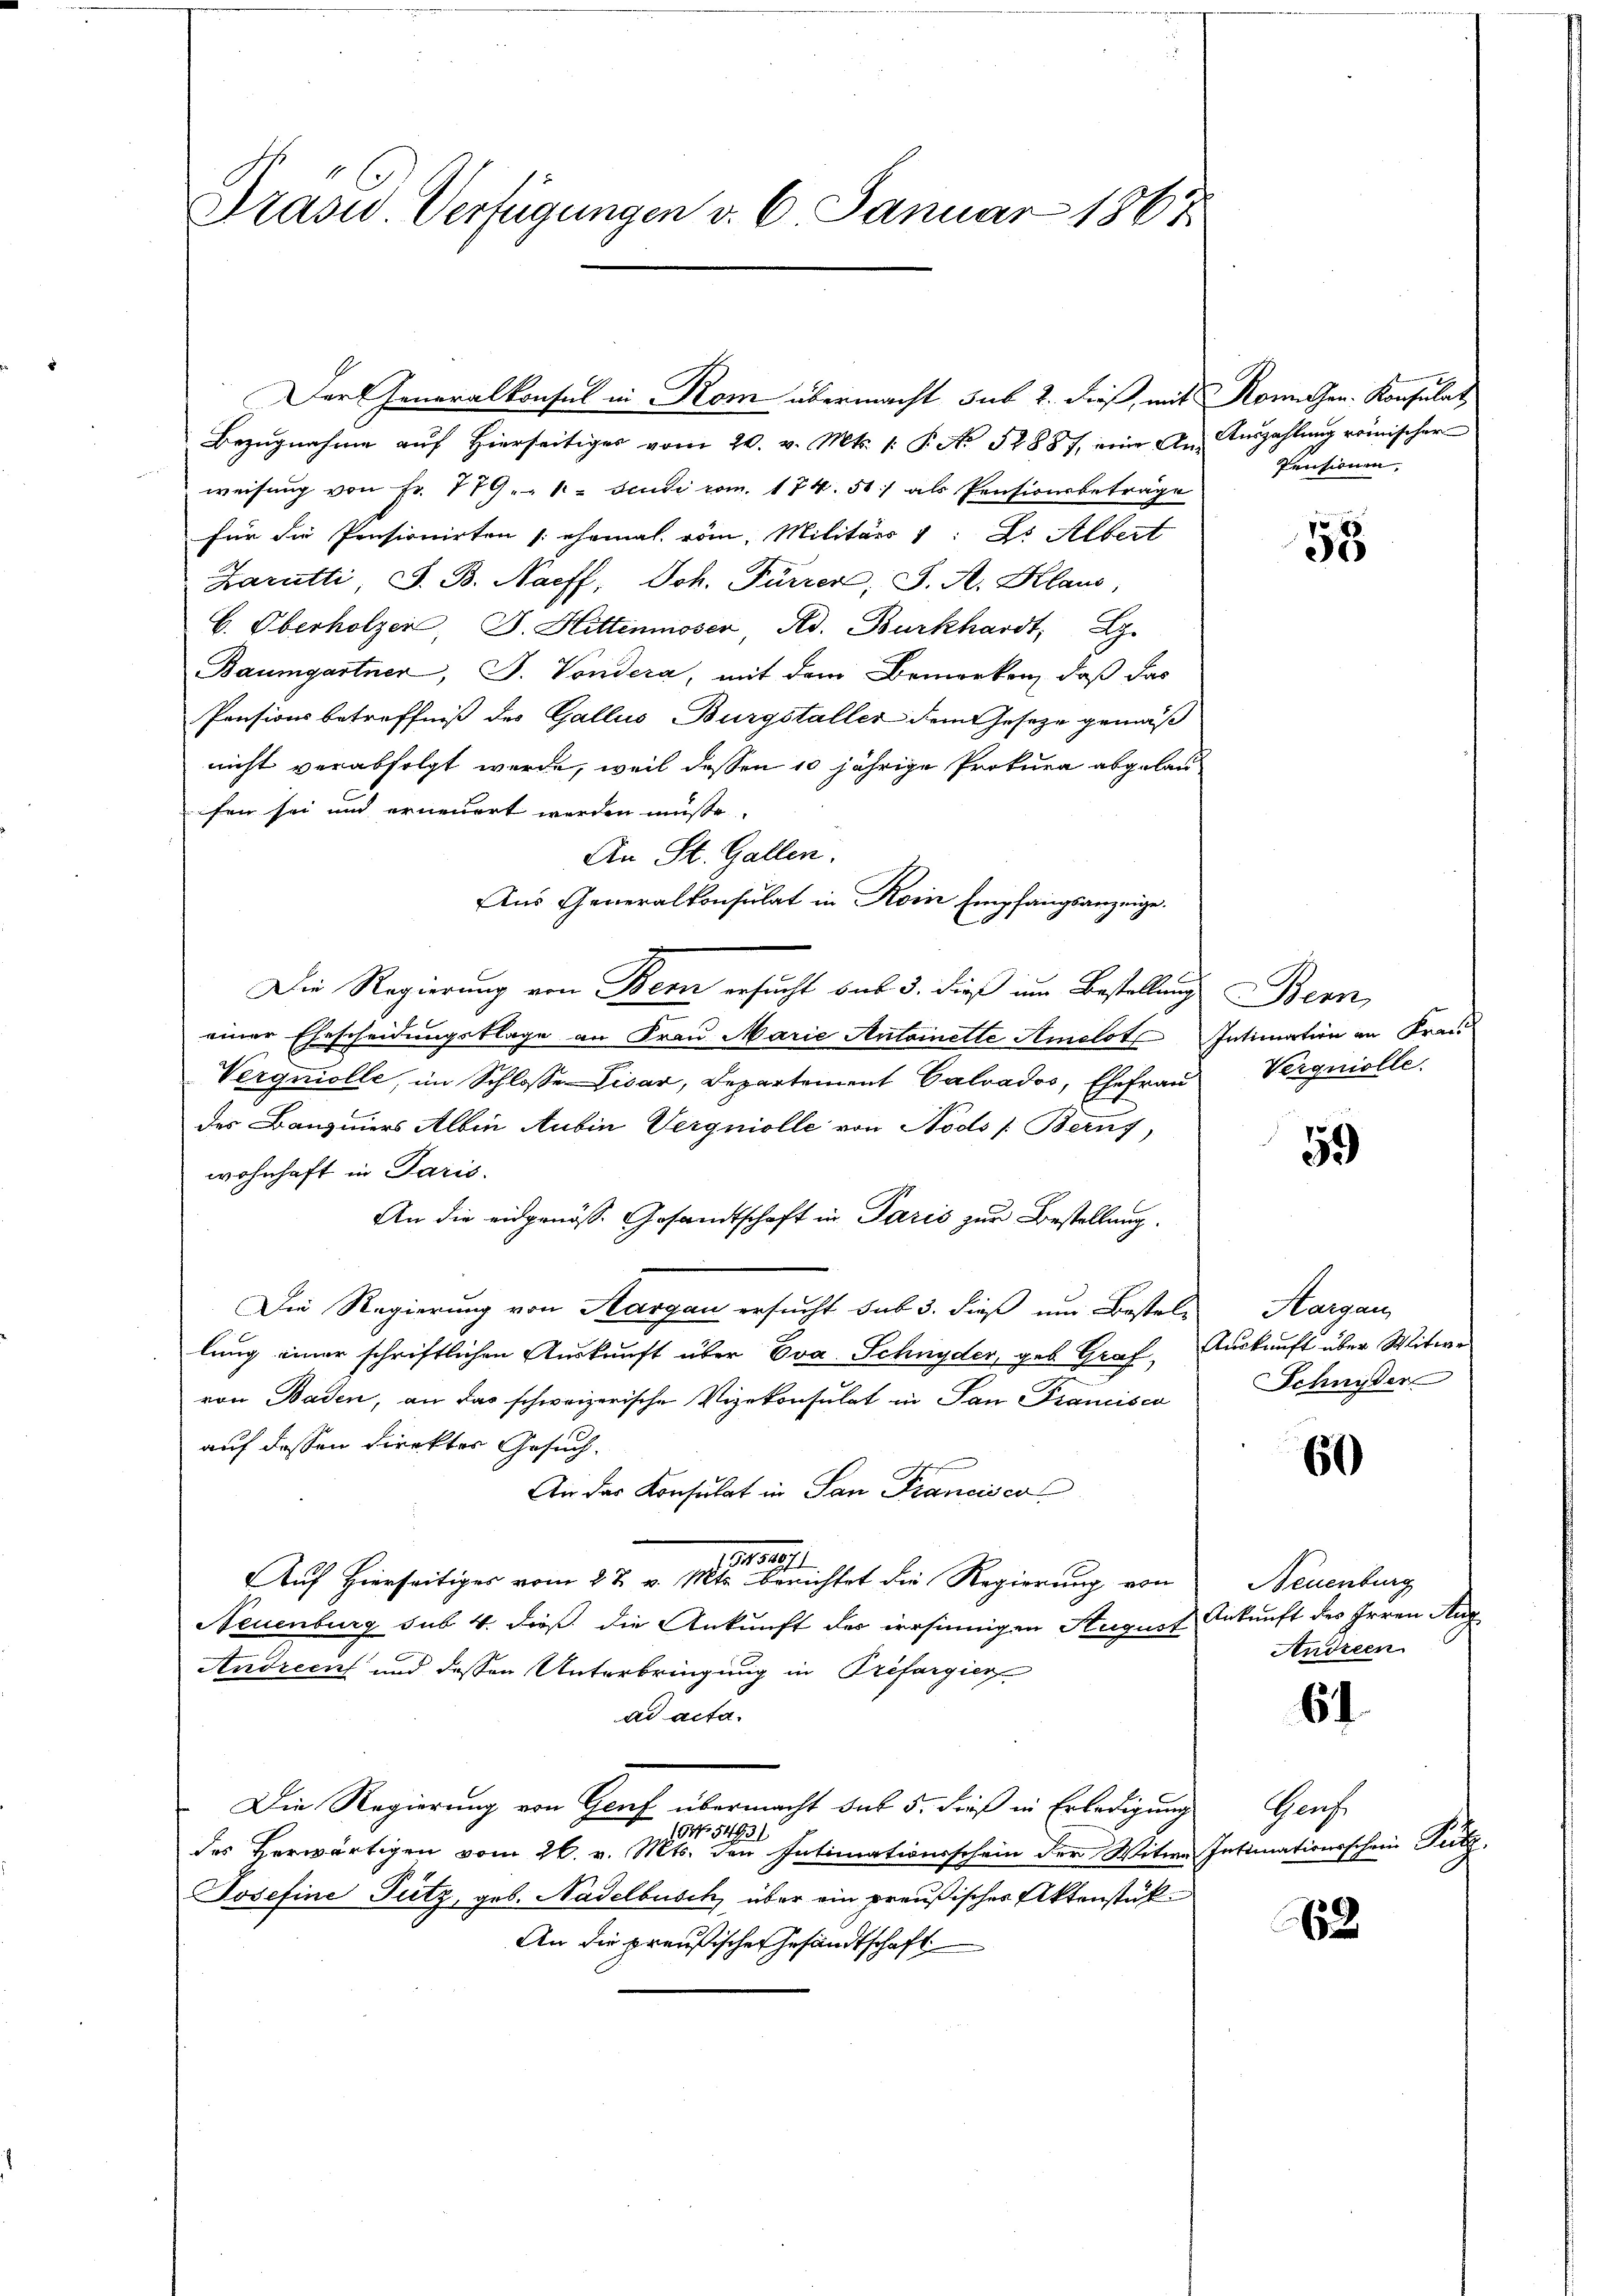
Präsid. Verfügungen v. 6. Januar 1861

Der Generalkonsul in Rom übermacht sub 2. dieß, mit Romischen. Konsulat

Bezŭgnahme aŭf hierseitiges vom 20. v. Mts. 1. P. No 52887, eine An- Aŭszahlŭng römischer
weisung von Fr. 779 " " 1 Scusi vom. 174. 51) als Pensionsbeträge
für die Pensionirten (ehemal vom Militärs 1: ds Albert
Zaratti, J. B. Naeff, Joh. Furrer, J. A. Klaus,
b. Oberholzer, J. Hittenmoser, Ad. Burkhardt, z.
Baumgartner, J. Vondera, mit dem Bemerken, daß das
Pensionsbetreffniß des Gallus Burgstaller dem Geseze gemäß
nicht verabfolgt werde, weil dessen 10 jährige Prokura abgelaufen sei und erneuert werden müsse.
An St. Gallen.
Aus Generalkonsulat in Koin Empfangsanzeige.
Die Regierung von Bern ersucht bis 3. dieß um Bestellung Bern,
e
einer Ehescheidungsklage an Frau Marie Antoinette Amelot Intimation an Krau
Verqniolle, im Schlosse Lisar, Departement Calvados, Ehefrau Vergniolle.
des Bauziners Albin Anbin Vergniolle von Nods /: Beruf
wohnhaft in Paris.
An die eidgenöss. Gesandtschaft in Paris zur Bestellung.
Die Regierung von Aargau ersucht sub 5. dieß um Bestel- Aargau
lung einer schriftlichen Auskunft über Eva Schnyder, geb. Graf,
von Baden, an das schweizerische Vizekonsulat in San Francisco
auf dessen direkter Gesuch.
An das Konsulat in San Francisco
.
Auf Hierseitiges vom 2 t v. Mts. berichtet die Regierung von
Neuenburg sub 4. dieß die Ankunft der irrsinnigen August Ankunft des Irren Aug
Andreen und dessen Unterbringung in Prefargier
ad acta.
Die Regierung von Graf übermacht das 5. dieß in Erledigung
1. No. 54931
des Herwärtigen vom 26. v. Mts. den Intimationsschein der Witwe Intimationsschein Putz,
Josefine Putz, geb. Nadelbusch über ein preußischer Aktenstük¬
An die preußischer Gesandtschaft

Pensionen,

58

59

Auskunft über Witwe
Schnyder

60

Neuenburg
Andreen

64.

Prach.

62